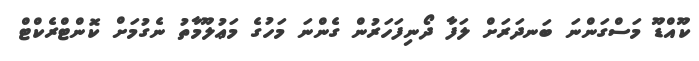
ކޫއްޑޫ މަސްގަންނަ ބަނދަރަށް ލަފާ ދޯނިފަހަރުން ގެންނަ މަހުގެ މަޢުލޫމާތު ނެގުމަށް ކޮންޓްރެކްޓް